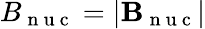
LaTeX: {B}_{\mathrm{~n~u~c~}}=|\mathbf{B}_{\mathrm{~n~u~c~}}|